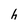
Character: h